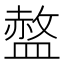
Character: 𱲓